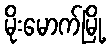
မိုးမောက်မြို့